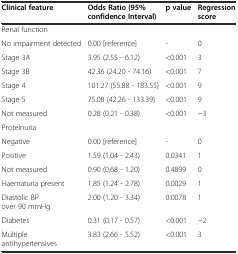
<table><thead><tr><td><b>Clinical feature</b></td><td><b>Odds Ratio (95% confidence Interval)</b></td><td><b>p value</b></td><td><b>Regression score</b></td></tr></thead><tbody><tr><td>Renal function</td><td></td><td></td><td></td></tr><tr><td>No impairment detected</td><td>0.00 [reference]</td><td>-</td><td>0</td></tr><tr><td>Stage 3A</td><td>3.95 (2.55 - 6.12)</td><td>&lt;0.001</td><td>3</td></tr><tr><td>Stage 3B</td><td>42.36 (24.20 - 74.16)</td><td>&lt;0.001</td><td>7</td></tr><tr><td>Stage 4</td><td>101.27 (55.88 - 183.55)</td><td>&lt;0.001</td><td>9</td></tr><tr><td>Stage 5</td><td>75.08 (42.26 - 133.39)</td><td>&lt;0.001</td><td>9</td></tr><tr><td>Not measured</td><td>0.28 (0.21 - 0.38)</td><td>&lt;0.001</td><td>−3</td></tr><tr><td>Proteinuria</td><td></td><td></td><td></td></tr><tr><td>Negative</td><td>0.00 [reference]</td><td>-</td><td>0</td></tr><tr><td>Positive</td><td>1.59 (1.04 - 2.43)</td><td>0.0341</td><td>1</td></tr><tr><td>Not measured</td><td>0.90 (0.68 - 1.20)</td><td>0.4899</td><td>0</td></tr><tr><td>Haematuria present</td><td>1.85 (1.24 - 2.78)</td><td>0.0029</td><td>1</td></tr><tr><td>Diastolic BP over 90 mmHg</td><td>2.00 (1.20 - 3.34)</td><td>0.0078</td><td>1</td></tr><tr><td>Diabetes</td><td>0.31 (0.17 - 0.57)</td><td>&lt;0.001</td><td>−2</td></tr><tr><td>Multiple antihypertensives</td><td>3.83 (2.66 - 5.52)</td><td>&lt;0.001</td><td>3</td></tr></tbody></table>